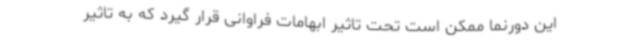
این دورنما ممکن است تحت تاثیر ابهامات فراوانی قرار گیرد که به تاثیر